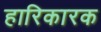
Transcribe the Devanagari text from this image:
हारिकारक